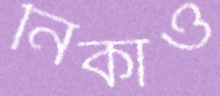
নিকাও